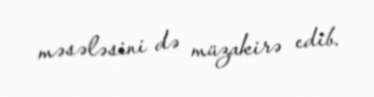
məsələsini də müzakirə edib.